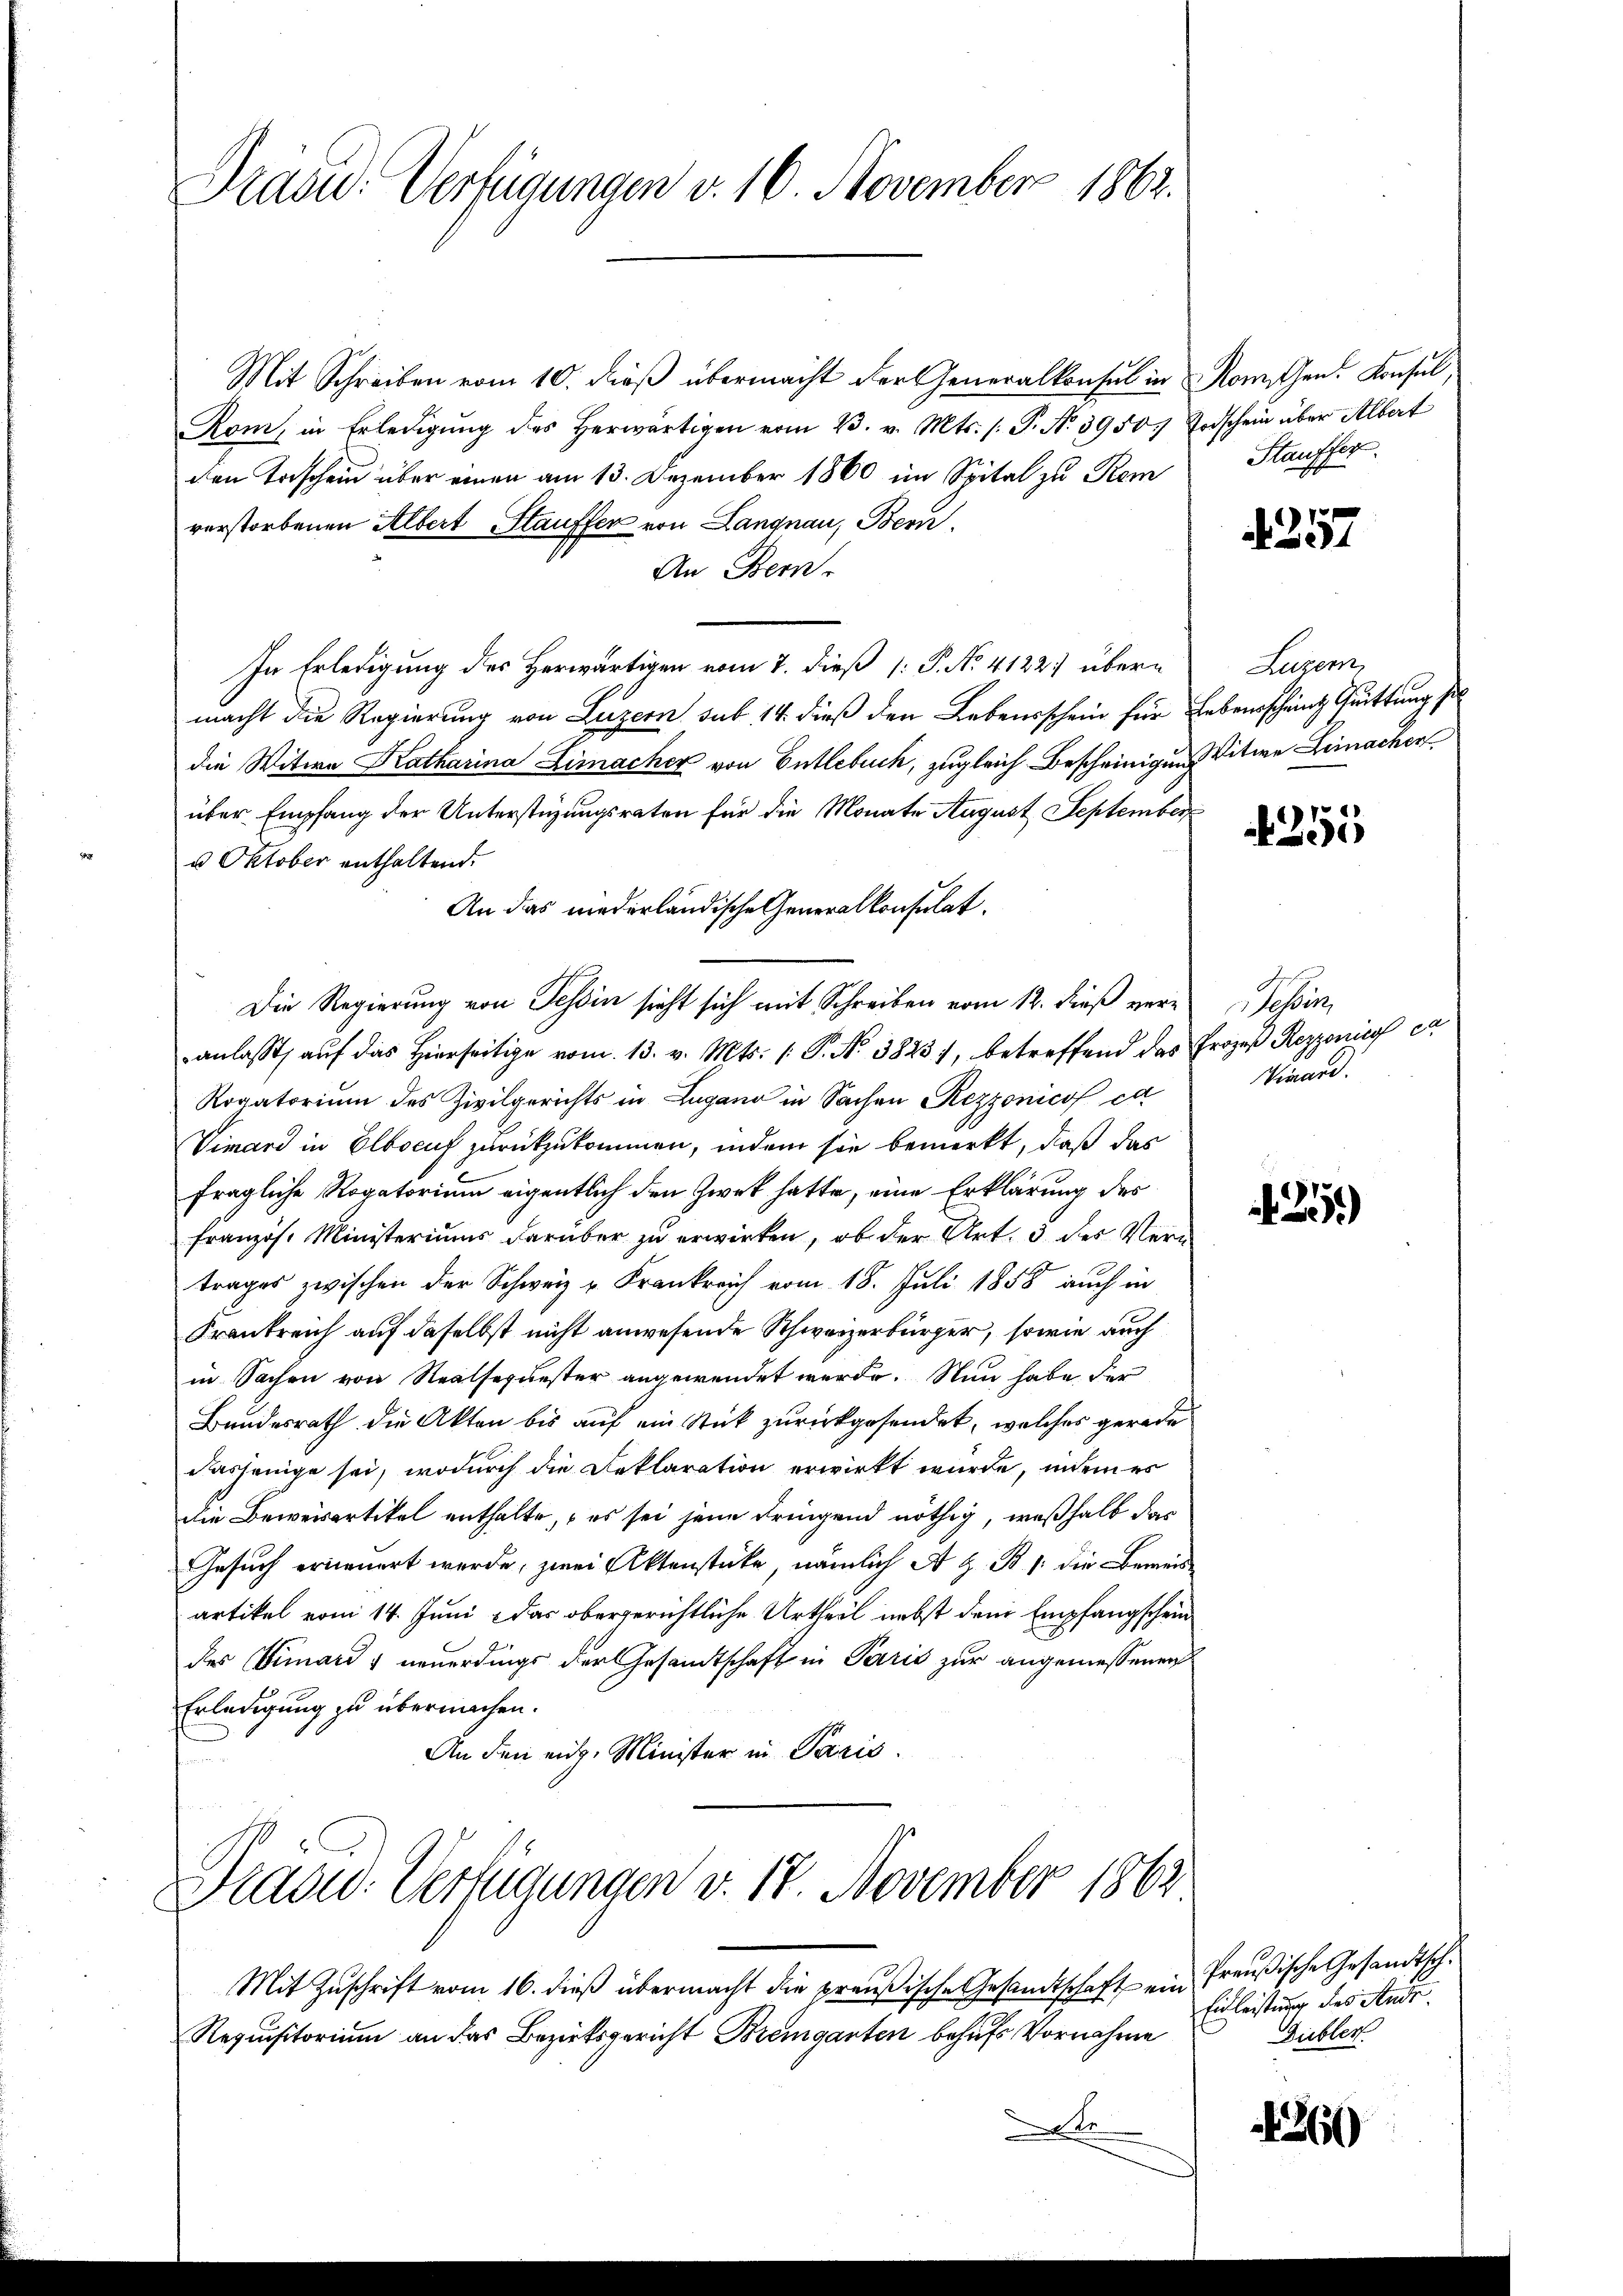
Prave. Verfügungen v. 16. November 1862.

Mit Schreiben vom 10. dieß übermacht der Generalkonsul in Romischen Konsul,
Kom, in Erledigŭng des herwärtigen vom 23. v. Mts. (: P. Nr. 3950. Todschein über Albert
den Taschein über einen am 13. Dezember 1860 im Spital zu Rem
verstorbenen Albert Stauffer von Langnau, Bern,
An Bern.
In Erledigung des Herwärtigen vom 7. dieß [ P. No. 4122 übermacht die Regierung von Luzern sub 14 dieß den Lebensschein für Lebensscheint Quittung sol
die Witwe Katharina Limacher von Entlebuch, zugleich Bescheinigung Vitwe Lemacher
über Empfang der Unterstüzungsraten für die Monate August September
u Oktober enthaltend.
An das niederländische Generalkonsulat
Die Regierung von Tessin sicht sich mit Schreiben vom 12. dieß veranlasst, auf das hierseitige vom 13. v. Mts. (: P. N. 3823), betreffend das Prozeß Rezzonis ca
Rogatorium des Zivilgerichts in Lugano in Sachen Rezzonicof et
Vimard in Elbocuf zurückzukommen, indem sie bemerkt, daß das
fragliche Rogatorium eigentlich den Zwek hatte, eine Erklärung des
französ. Ministeriums darüber zu erwirken, ob der Art. 3 des Vertrages zwischen der Schweiz u. Frankreich vom 18. Juli 1858 auch in
Frankreich auf daselbst nicht anwesende Schweizerbürger, sowie auch
in Sachen von Realsequester angewendet werde. Nun habe der
Bundesrath die Akten bis auf ein Stück zurückgesendet, welches gerade
dasjenige sei, wodurch die Reklaration erwirkt wurde, indem es
die Beweisartikel enthalte, es sei jene dringend nöthig, weßhalb das
Gesuch erneuert werde, zwei Aktenstücke, nämlich A Z. B. 1. die Beweis
artikel vom 14. Juni das obergerichtliche Urtheil nebst dem Empfangschein
des Vimards neuerdings der Gesandtschaft in Paris zur angemessenen
Erledigung zu übermachen.
An den eine Minister in Paris

Praad: Verfügungen v. 18. November 1862

Mit Zuschrift vom 16. dieß übermacht die preußische Gesandtschaft ein Preußische Gesandtsch¬
Requisitorium an das Bezirksgericht Bremganten behufs Vornahme
e

Stauffer

257

Luzern,

255

Schen
Viward.

35)

Einleistung des Ande
Giebler

1260)